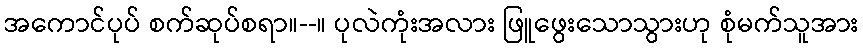
အကောင်ပုပ် စက်ဆုပ်စရာ။--။ ပုလဲကုံးအလား ဖြူဖွေးသောသွားဟု စုံမက်သူအား